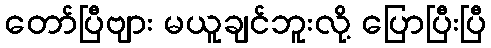
တော်ပြီဗျား မယူချင်ဘူးလို့ ပြောပြီးပြီ